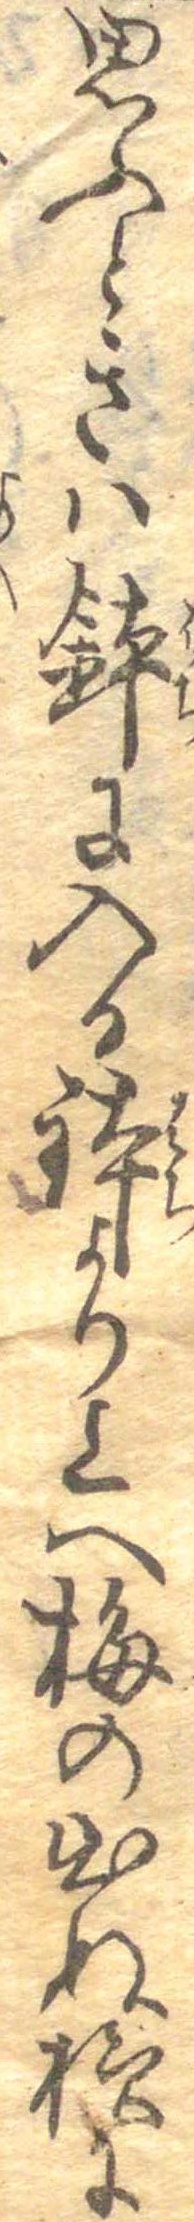
思ふときは鉢に入る鉢より上へ梅の出ぬ様に